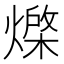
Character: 𭶇